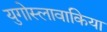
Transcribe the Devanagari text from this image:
युगोस्लावाकिया